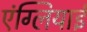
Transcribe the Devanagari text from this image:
एंग्लियाई